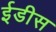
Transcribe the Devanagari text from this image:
ईडीस